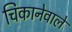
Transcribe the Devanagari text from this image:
चिकानेवाले